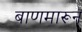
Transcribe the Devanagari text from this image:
बाणमारून